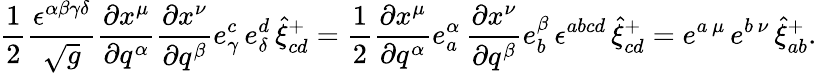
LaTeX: \frac 12\frac{\epsilon^{\alpha\beta\gamma\delta}}{\sqrt{g}}\frac{\partial x^{\mu}}{\partial q^{\alpha}}\frac{\partial x^{\nu}}{\partial q^{\beta}}e_{\gamma}^{c}\, e_{\delta}^{d}\, \hat{\xi}_{cd}^{+}=\frac 12\frac{\partial x^{\mu}}{\partial q^{\alpha}}e_{a}^{\alpha}\, \frac{\partial x^{\nu}}{\partial q^{\beta}}e_{b}^{\beta}\, \epsilon^{abcd}\, \hat{\xi}_{cd}^{+}=e^{a\, \mu}\, e^{b\, \nu}\, \hat{\xi}_{ab}^{+}.